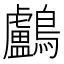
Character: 鸕